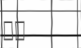
٣٦